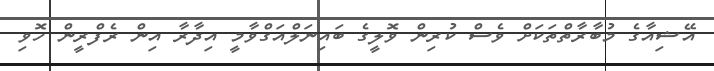
އޭޝިއާގެ މުބާރާތްތަކަށް ވެސް ކުރިން ވޮލީގެ ބައިނަލްއަގްވާމީ އިދާރާ އިން ރެފްރީން ހޮވި